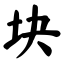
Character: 块